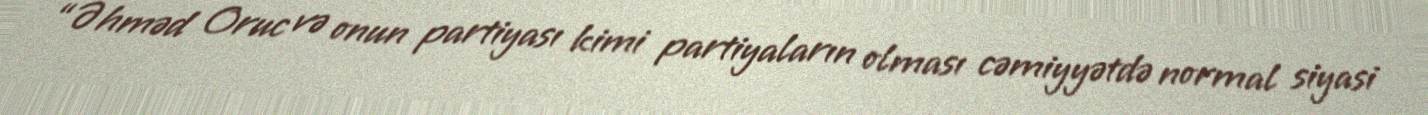
“Əhməd Oruc və onun partiyası kimi partiyaların olması cəmiyyətdə normal siyasi